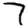
Digit: 7